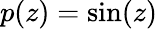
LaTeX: p(z)=\sin(z)